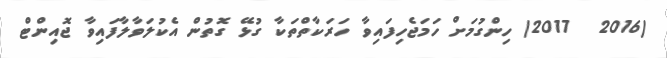
(2016  2017) ހިންގުމަށް ހަމަޖެހިފައިވާ ހަރަކާތްތަކާ ގުޅޭ ގޮތުން އެކުލަވާލާފައިވާ ޖޮއިންޓް